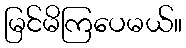
မြင်မိကြပေမယ်။